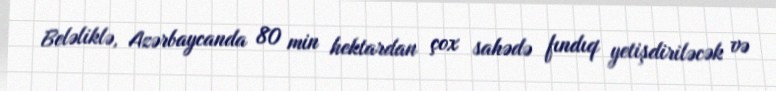
Beləliklə, Azərbaycanda 80 min hektardan çox sahədə fındıq yetişdiriləcək və